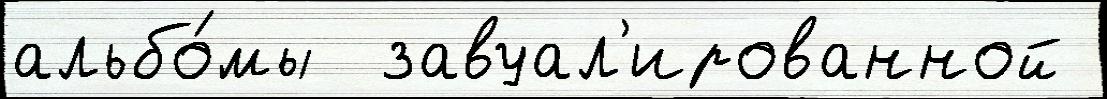
альбо́мы  завуал'ированной